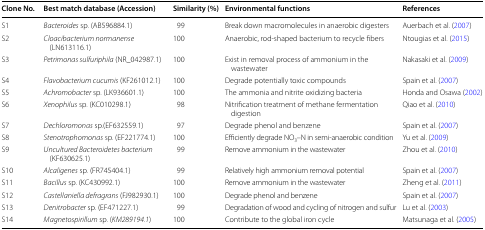
| Clone No. | Best match database (Accession) | Similarity (%) | Environmental functions | References |
 | --- | --- | --- | --- | --- |
 | S1 | Bacteroides sp. (AB596884.1) | 99 | Break down macromolecules in anaerobic digesters | Auerbach et al. (2007) |
 | S2 | Cloacibacterium normanense (LN613116.1) | 100 | Anaerobic, rod-shaped bacterium to recycle fibers | Ntougias et al. (2015) |
 | S3 | Petrimonas sulfuriphila (NR_042987.1) | 100 | Exist in removal process of ammonium in the wastewater | Nakasaki et al. (2009) |
 | S4 | Flavobacterium cucumis (KF261012.1) | 100 | Degrade potentially toxic compounds | Spain et al. (2007) |
 | S5 | Achromobacter sp. (LK936601.1) | 100 | The ammonia and nitrite oxidizing bacteria | Honda and Osawa (2002) |
 | S6 | Xenophilus sp. (KC010298.1) | 98 | Nitrification treatment of methane fermentation digestion | Qiao et al. (2010) |
 | S7 | Dechloromonas sp.(EF632559.1) | 97 | Degrade phenol and benzene | Spain et al. (2007) |
 | S8 | Stenotrophomonas sp. (EF221774.1) | 100 | Efficiently degrade NO3–N in semi-anaerobic condition | Yu et al. (2009) |
 | S9 | Uncultured Bacteroidetes bacterium (KF630625.1) | 99 | Remove ammonium in the wastewater | Zhou et al. (2010) |
 | S10 | Alcaligenes sp. (FR745404.1) | 99 | Relatively high ammonium removal potential | Spain et al. (2007) |
 | S11 | Bacillus sp. (KC430992.1) | 100 | Remove ammonium in the wastewater | Zheng et al. (2011) |
 | S12 | Castellaniella defragrans (FJ982930.1) | 100 | Degrade phenol and benzene | Spain et al. (2007) |
 | S13 | Denitrobacter sp. (EF471227.1) | 99 | Degradation of wood and cycling of nitrogen and sulfur | Lu et al. (2003) |
 | S14 | Magnetospirillum sp. (KM289194.1) | 100 | Contribute to the global iron cycle | Matsunaga et al. (2005) |